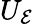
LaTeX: U_{\mathcal{E}}